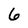
Character: 6